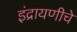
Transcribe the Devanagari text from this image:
इंद्रायणीचे